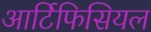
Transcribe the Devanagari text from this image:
आर्टिफिसियल